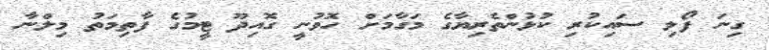
ގިނަ ފޯލި ސައިކުރި ކުޅުންތެރިޔާގެ މަގާމަށް ހޮވުނީ ގޮއިދޫ ޓީމުގެ ފާތިމަތު މިލްނާ